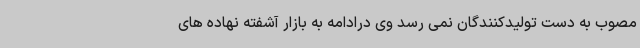
مصوب به دست تولیدکنندگان نمی رسد وی درادامه به بازار آشفته نهاده های